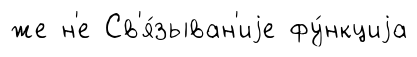
же н'е Св'я́зыван'иjе фу́нкциjа